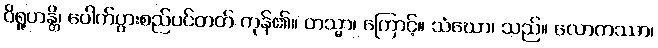
ဝိရူဟန္တိ၊ ပေါက်ပွားစည်ပင်တတ် ကုန်၏။ တသ္မာ၊ ကြောင့်။ သံဃော၊ သည်။ လောကဿာ၊